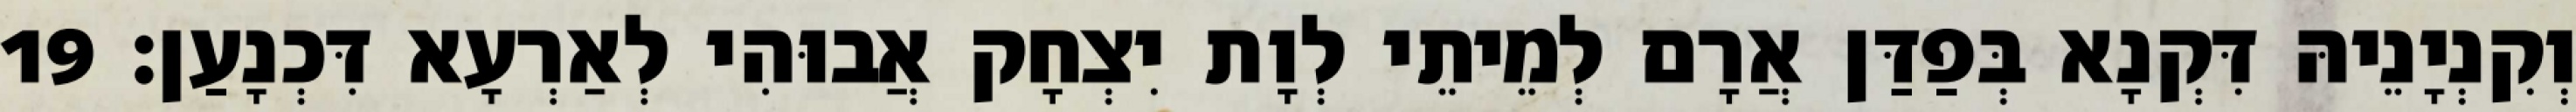
וְקִנְיָנֵיהּ דִּקְנָא בְּפַדַּן אֲרָם לְמֵיתֵי לְוָת יִצְחָק אֲבוּהִי לְאַרְעָא דִּכְנָעַן׃ 19